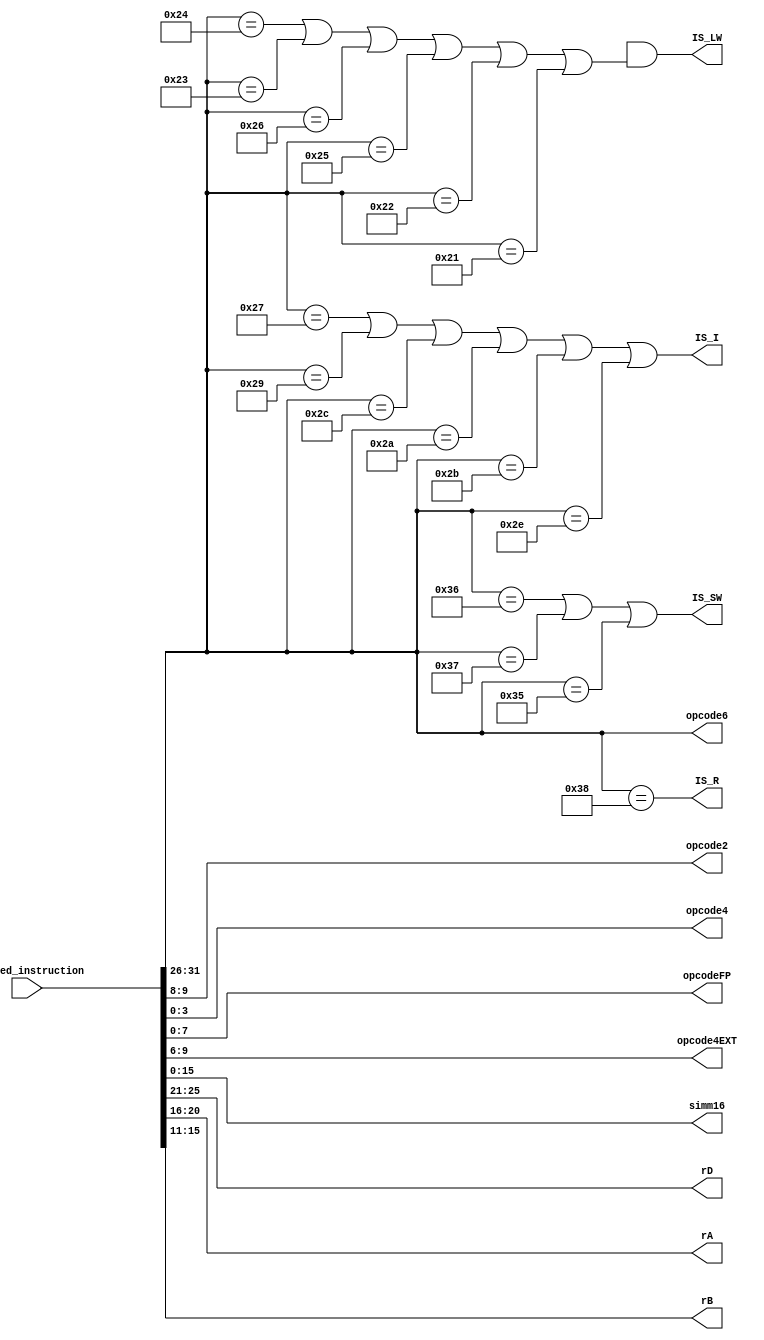
module qed_decoder (
// Outputs
IS_SW,
opcode2,
opcode4,
opcode6,
opcodeFP,
opcode4EXT,
simm16,
rD,
IS_R,
rA,
rB,
IS_I,
IS_LW,
// Inputs
ifu_qed_instruction);

  input [31:0] ifu_qed_instruction;

  output IS_SW;
  output [1:0] opcode2;
  output [3:0] opcode4;
  output [5:0] opcode6;
  output [7:0] opcodeFP;
  output [3:0] opcode4EXT;
  output [15:0] simm16;
  output [4:0] rD;
  output IS_R;
  output [4:0] rA;
  output [4:0] rB;
  output IS_I;
  output IS_LW;

  assign opcode2 = ifu_qed_instruction[9:8];
  assign opcode4 = ifu_qed_instruction[3:0];
  assign opcode6 = ifu_qed_instruction[31:26];
  assign opcodeFP = ifu_qed_instruction[7:0];
  assign simm16 = ifu_qed_instruction[15:0];
  assign opcode4EXT = ifu_qed_instruction[9:6];
  assign rD = ifu_qed_instruction[25:21];
  assign rA = ifu_qed_instruction[20:16];
  assign rB = ifu_qed_instruction[15:11];

  assign IS_I = ((opcode6 == 6'b100111) || (opcode6 == 6'b101001) || (opcode6 == 6'b101100) || (opcode6 == 6'b101010) || (opcode6 == 6'b101011) || (opcode6 == 6'b101110));
  assign IS_LW = (instruction[15:14] == 2'b00) && ((opcode6 == 6'b100100) || (opcode6 == 6'b100011) || (opcode6 == 6'b100110) || (opcode6 == 6'b100101) || (opcode6 == 6'b100010) || (opcode6 == 6'b100001));
  assign IS_R = (opcode6 == 6'b111000);
  assign IS_SW = ((opcode6 == 6'b110110) || (opcode6 == 6'b110111) || (opcode6 == 6'b110101));

endmodule